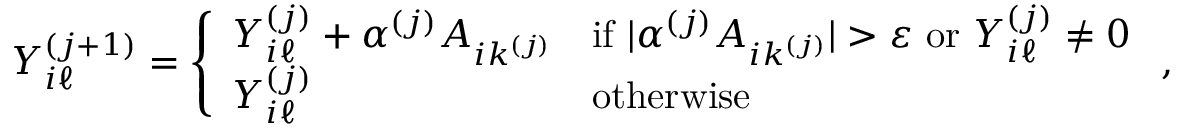
Y _ { i \ell } ^ { ( j + 1 ) } = \left\{ \begin{array} { l l } { Y _ { i \ell } ^ { ( j ) } + \alpha ^ { ( j ) } A _ { i k ^ { ( j ) } } } & { \mathrm { i f ~ } \lvert \alpha ^ { ( j ) } A _ { i k ^ { ( j ) } } \rvert > \varepsilon \mathrm { ~ o r ~ } Y _ { i \ell } ^ { ( j ) } \neq 0 } \\ { Y _ { i \ell } ^ { ( j ) } } & { \mathrm { o t h e r w i s e } } \end{array} \right. ,